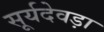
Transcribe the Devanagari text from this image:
सूर्यदेवड़ा